Distribution and causation of leprosy in British India
Year: 1875
Disease focus: Leprosy
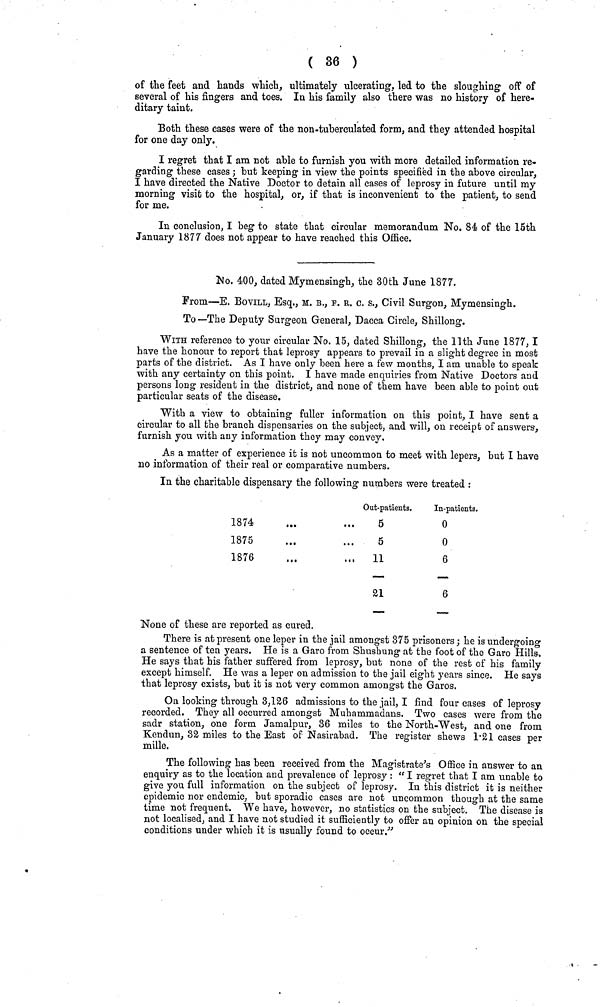
( 36 )
of the feet and hands which, ultimately ulcerating, led to the sloughing off of
several of his fingers and toes. In his family also there was no history of here-
ditary taint.
Both these cases were of the non-tuberculated form, and they attended hospital
for one day only.
I regret that I am not able to furnish you with more detailed information re-
garding these cases ; hut keeping in view the points specified in the above circular,
I have directed the Native Doctor to detain all cases of leprosy in future until my
morning visit to the hospital, or, if that is inconvenient to the patient, to send
for me.
In conclusion, I beg to state that circular memorandum No. 84 of the 15th
January 1877 does not appear to have reached this Office.
Mo. 400, dated Mymensingh, the 30th June 1877.
From—E. BOVILL, Esq., M. B., F. R. c. s,, Civil Surgon, Mymensingh.
To —The Deputy Surgeon General, Dacca Circle, Shillong.
WITH reference to your circular No. 15, dated Shillong, the 11th June 1877, I
have the honour to report that leprosy appears to prevail in a slight degree in most
parts of the district. As I have only been here a few months, I am unable to speak
with any certainty on this point. I have made enquiries from Native Doctors and
persons long resident in the district, and none of them have been able to point out
particular seats of the disease.
With a view to obtaining fuller information on this point, I have sent a
circular to all the branch dispensaries on the subject, and will, on receipt of answers,
furnish you with any information they may convey.
As a matter of experience it is not uncommon to meet with lepers, but I have
no information of their real or comparative numbers.
In the charitable dispensary the following numbers were treated :
1874
1875
1876
Out-patients.
...5
...5
... 11
— 21
In-patients.
0
0
6
—
6
__
None of these are reported as cured.
There is at present one leper in the jail amongst 375 prisoners ; he is undergoing
a sentence of ten years. He is a Garo from Shusbung at the foot of the Garo Hills.
He says that his father suffered from leprosy, but none of the rest of his family
except himself. He was a leper on admission to the jail eight years since. He says
that leprosy exists, but it is not very common amongst the Garos.
On looking through 3,126 admissions to the jail, I find four cases of leprosy
recorded. They all occurred amongst Muhammadans. Two cases were from the
sadr station, one form Jamalpur, 36 miles to the North-West, and one from
Kendun, 32 miles to the East of Nasirabad. The register shews 1·21 cases per
mille.
The following has been received from the Magistrate's Office in answer to an
enquiry as to the location and prevalence of leprosy : " I regret that I am unable to
give you full information on the subject of leprosy. In this district it is neither
epidemic nor endemic, but sporadic cases are not uncommon though at the same
time not frequent. We have, however, no statistics on the subject. The disease is
not localised, and I have not studied it sufficiently to offer an opinion on the special
conditions under which it is usually found to occur."